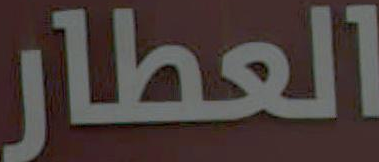
العطار